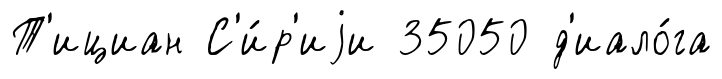
Т'ициан С'и́р'иjи 35050 д'иало́га